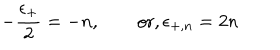
LaTeX: - { \frac { \epsilon _ { + } } { 2 } } = - n , \qquad \mathrm { o r , } \, \epsilon _ { + , n } = 2 n